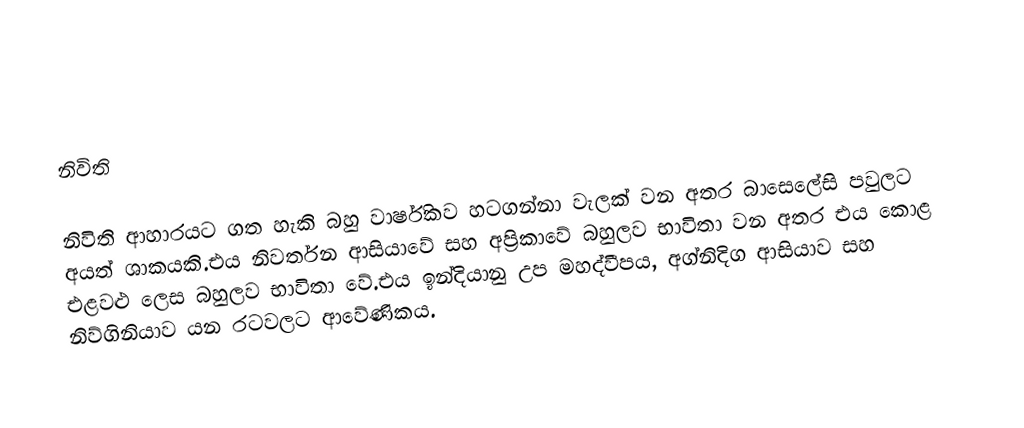

නිවිති

 නිවිති ආහාරයට ගත හැකි බහු වාර්ෂිකව හටගන්නා වැලක් වන අතර බාසෙලේසි පවුලට අයත් ශාකයකි.එය නිවර්තන ආසියාවේ සහ අප්‍රිකාවේ බහුලව භාවිතා වන අතර එය කොළ එළවළු ලෙස බහුලව භාවිතා වේ.එය ඉන්දියානු උප මහද්වීපය, අග්නිදිග ආසියාව සහ නිව්ගිනියාව යන රටවලට ආවේණිකය.